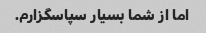
اما از شما بسیار سپاسگزارم.